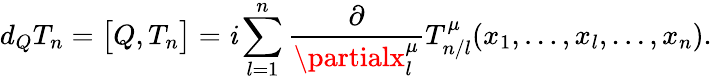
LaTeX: d_{Q}T_{n}=\bigl[Q,T_{n}\bigr]=\mathit{i}\sum_{l=1}^{n}\frac{{\partial}}{{\partialx_{l}^{\mu}}}T_{n/l}^{\mu}(x_{1},\ldots,x_{l},\ldots,x_{n}).